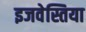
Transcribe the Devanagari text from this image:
इजवेस्तिया